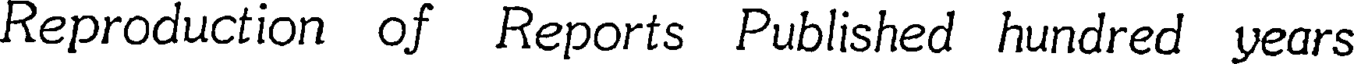
Reproduction of Reports Published hundred years